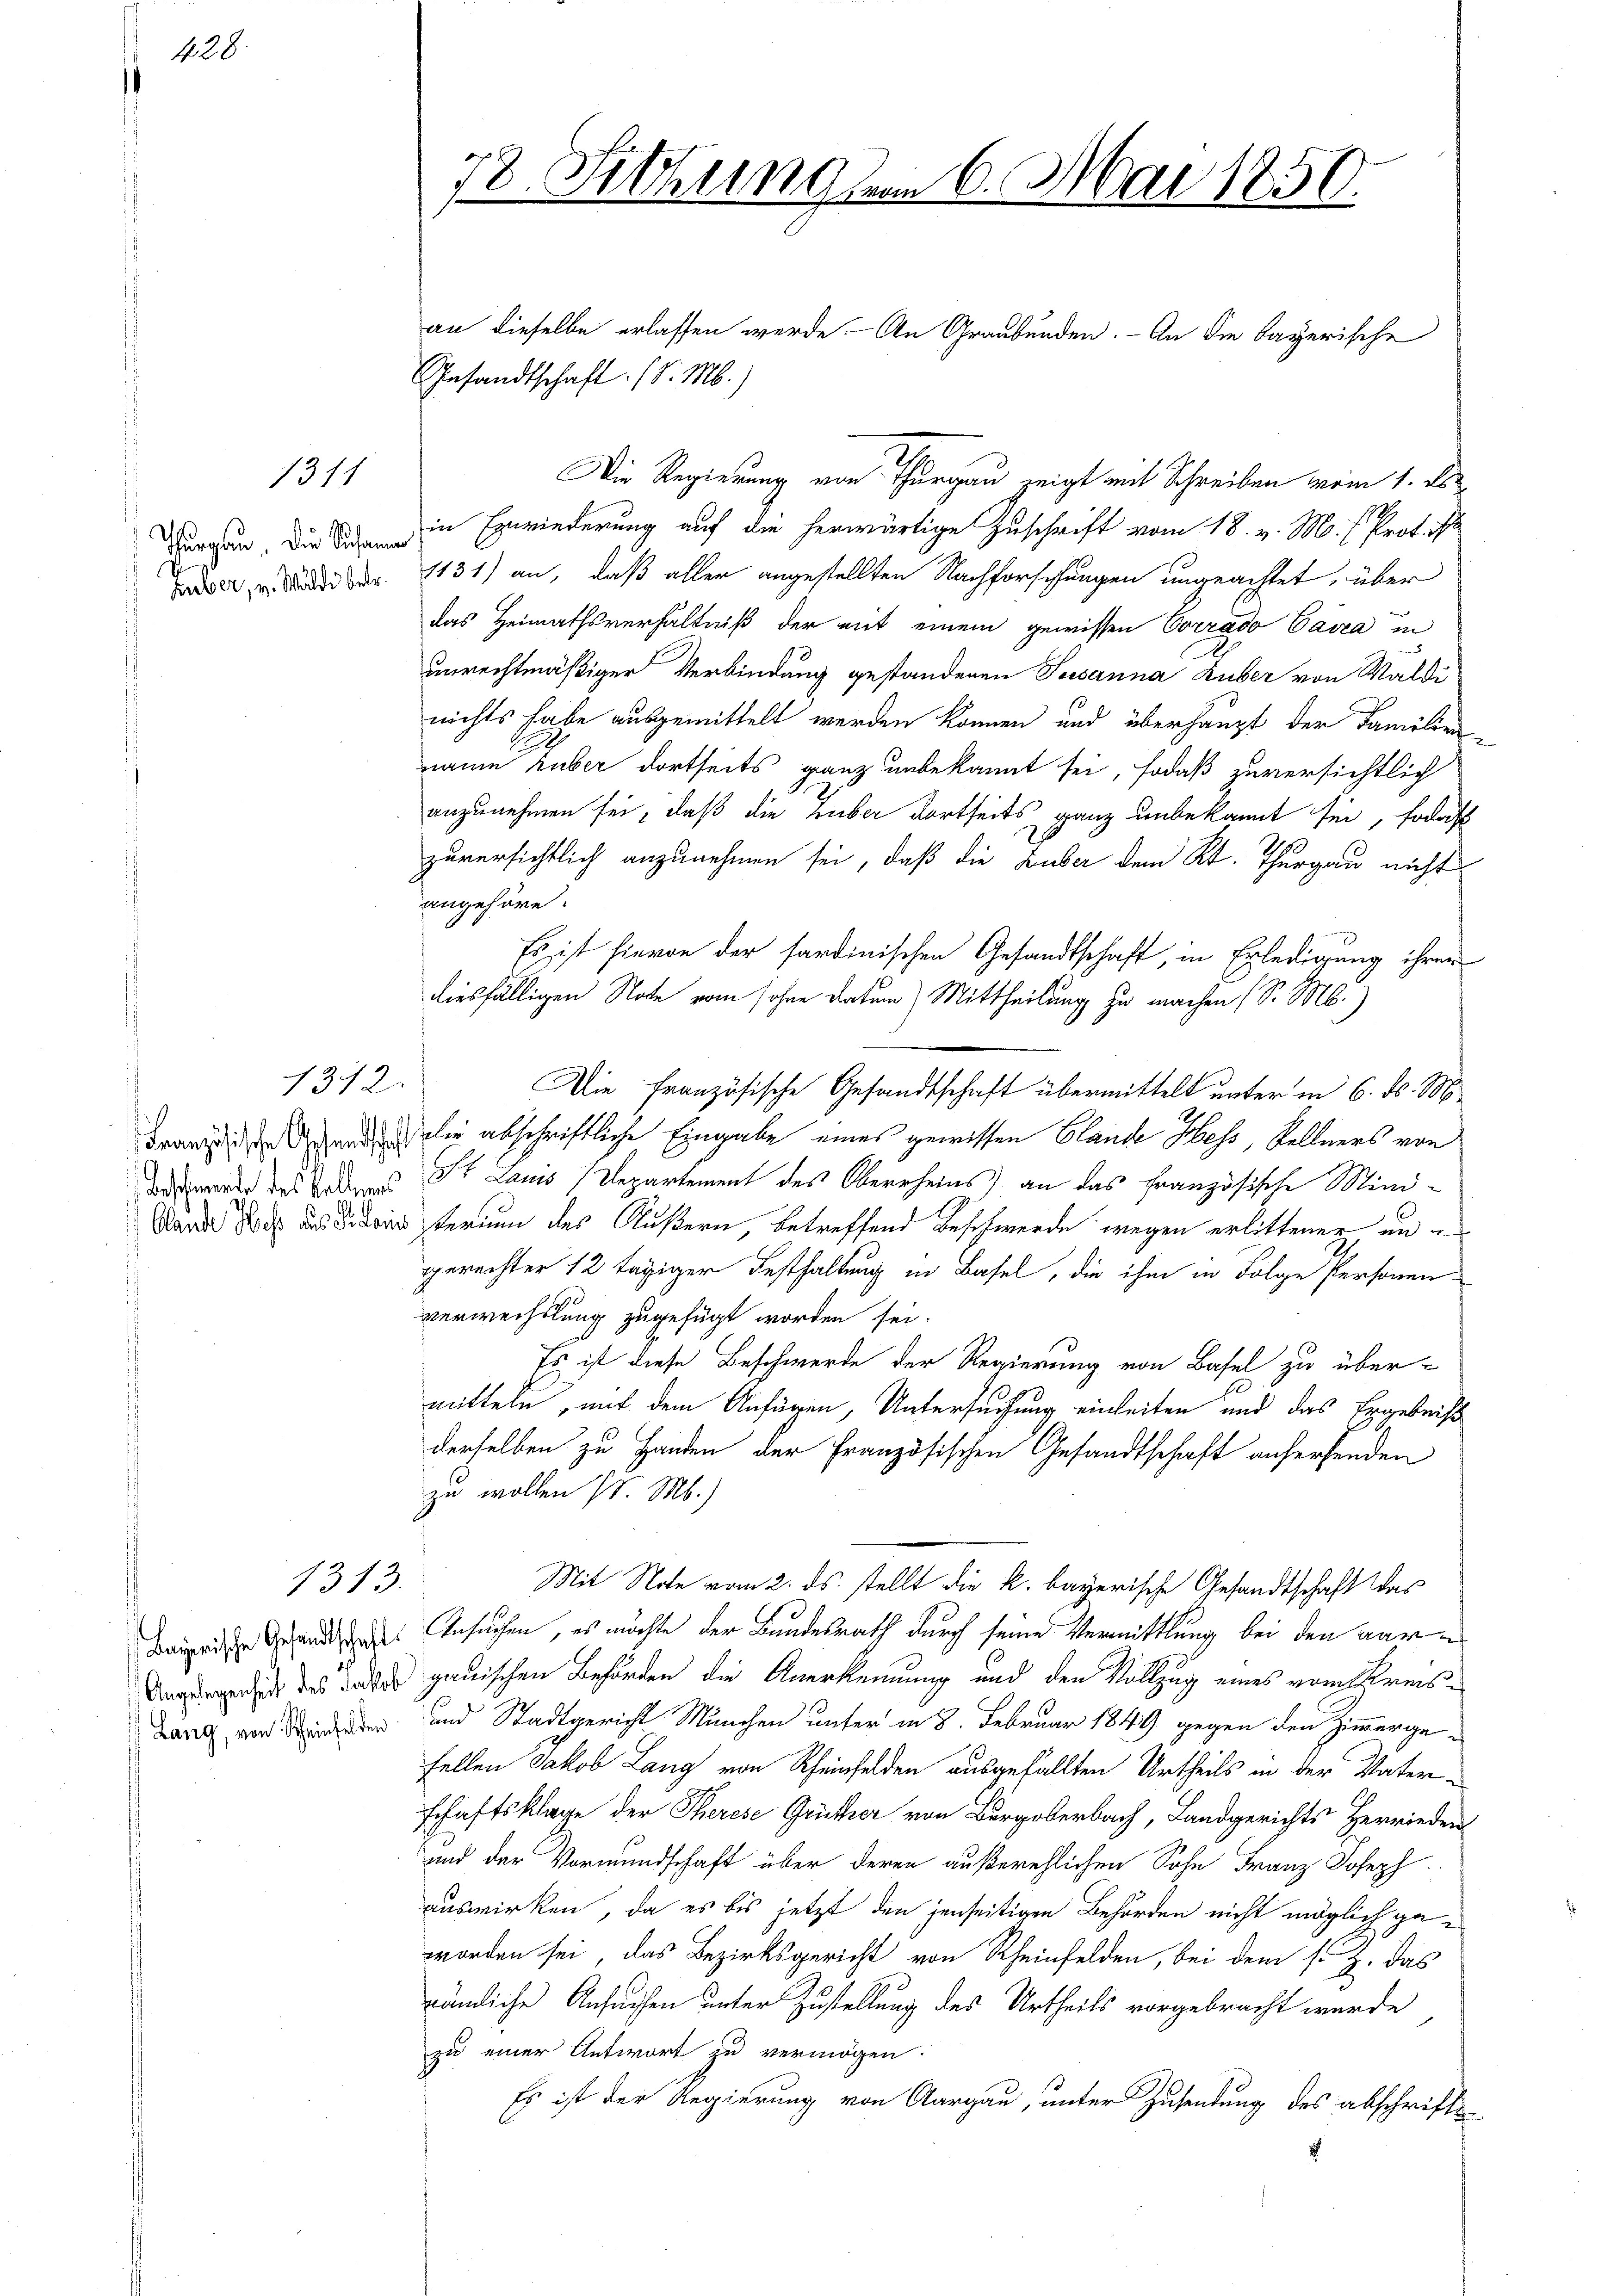
1428.

1311

Huber, v. Walde betr.

1312.

1313.

an dieselbe erlassen werde. An Graubünden. - An die bayerische
Gesandtschaft. (v. M.)
Die Regierung von Thurgau zeigt mit Schreiben vom 1. A
Burgen die in Erwiederung auf die herwärtige Zuschrift vom 18. v. M. (Prot. ist
1131) an, daß aller angestellten Nachforschungen ungeachtet, über
das Heimathsverhältniß der mit einem gewissen Corrado Cassa in
unrechtmäßiger Verbindung gestandenen Susanna Huber von Waldi
nichts habe ausgemittelt werden können und überhaupt der Familien-
namm huber dortseits ganz unbekannt sei, sodaß zuversichtlich
anzunehmen sei, daß die Huber dortseits ganz unbekannt sei, sodas
zuversichtlich anzunehmen sei, daß die Zuber dem Kt. Thurgau nicht
angehöre.
Es ist hievon der sardinischen Gesandtschaft, in Erledigung ihren
diesfälligen Note vom sohne Datum) Mittheilung zu machen (S. M.)
Franzigen den die abschriftliche Eingabe eines gewissen Blande Hess, Kellners von
derwende des Boden St. Lauis Departement des Oberrheins an das französische Mini¬
Band die Ferien des Äußern, betreffend Beschwerde wegen erlittenen angerechter 12 tägiger Festhaltung in Basel, die ihm in Folge Personen
verwechslung zugefügt worden sei.
Es ist diese Beschwerde der Regierung von Basel zu über-
mitteln, mit dem Anfügen, Untersuchung einleiten und das Ergebnis
derselben zu Handen der Französischen Gesandtschaft anfersenden
zu wollen d. M.)
Mit Note vom 2. ds. stellt die k. bayerische Gesandtschaft das
Baupriser Gesandtages Ansuchen, es möchte der Bundesrath durch seine Vermittlung bei den aar
ich des Tode gauischen Behörden die Anerkennung und den Vollzug eines vom Kreis¬
Lang von den und Stadtgericht München unter in 8. Februar 1849 gegen den Zimmergefellen Jakob Lang von Rheinfelden ausgefällten Urtheils in der Vaterschaftsklage der Therese Grüther von Burgoberbach, Landgerichts Herrieden
und der Vormundschaft über deren außerehlichen Sohn Franz Joseph
auswirken, da es bis jetzt den jenseitigen Behörden nicht möglich geworden sei, das Bezirksgericht von Rheinfelden, bei dem s. Z. das
nämliche Ansuchen unter Zustellung des Urtheils vorgebracht wurde
zu einer Antwort zu vermögen.
Es ist der Regierung von Aargau, unter Zusendung des abschrifte

8

Sitzung dem 6. Mai 1850.

Die französische Gesandtschaft übermittelt unter in 6. ds. M